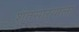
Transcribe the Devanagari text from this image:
शेतसाऱ्याला